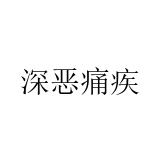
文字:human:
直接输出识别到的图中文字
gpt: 深恶痛疾